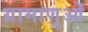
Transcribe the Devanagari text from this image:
ग्रामाणुओं